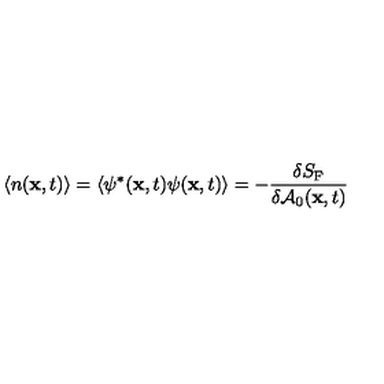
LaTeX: \langle n ( { \bf x } , t ) \rangle = \langle \psi ^ { * } ( { \bf x } , t ) \psi ( { \bf x } , t ) \rangle = - { \frac { \delta S _ { \mathrm { F } } } { \delta { \cal A } _ { 0 } ( { { \bf x } , t } ) } }